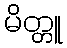
မိတ္တူ